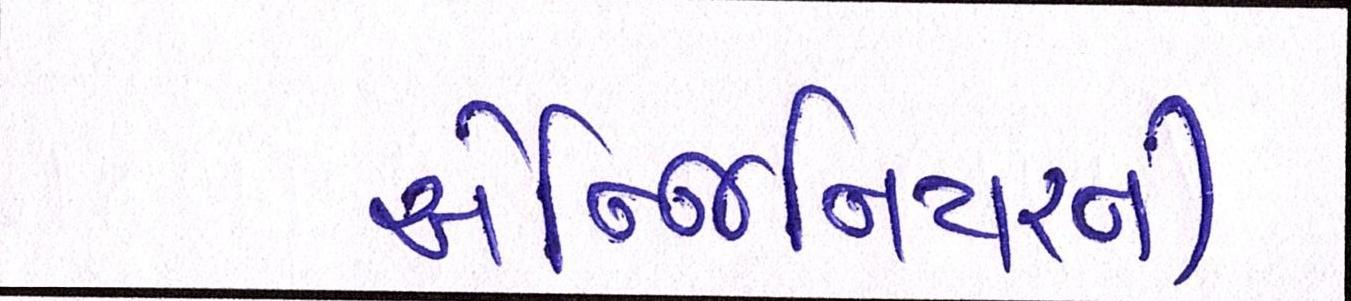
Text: એન્જિનિયરની